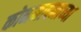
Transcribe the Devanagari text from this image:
कोनमापनाच्या